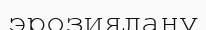
эрозиялану